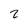
Character: z